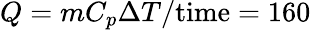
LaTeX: Q=mC_{p}\Delta T/\mathrm{time}=160